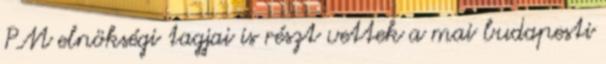
PM elnökségi tagjai is részt vettek a mai budapesti